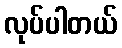
လုပ်ပါတယ်